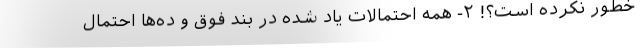
خطور نکرده است؟! ۲- همه احتمالات یاد شده در بند فوق و ده‌ها احتمال